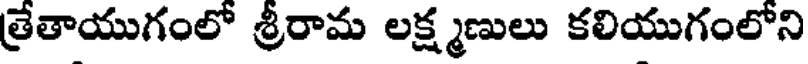
త్రేతాయుగంలో శ్రీరామ లక్ష్మణులు కలియుగంలోని